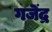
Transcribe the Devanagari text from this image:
गजॆंद्र